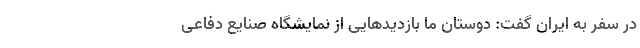
در سفر به ایران گفت: دوستان ما بازدیدهایی از نمایشگاه صنایع دفاعی